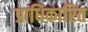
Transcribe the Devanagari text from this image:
प्राधिकारित